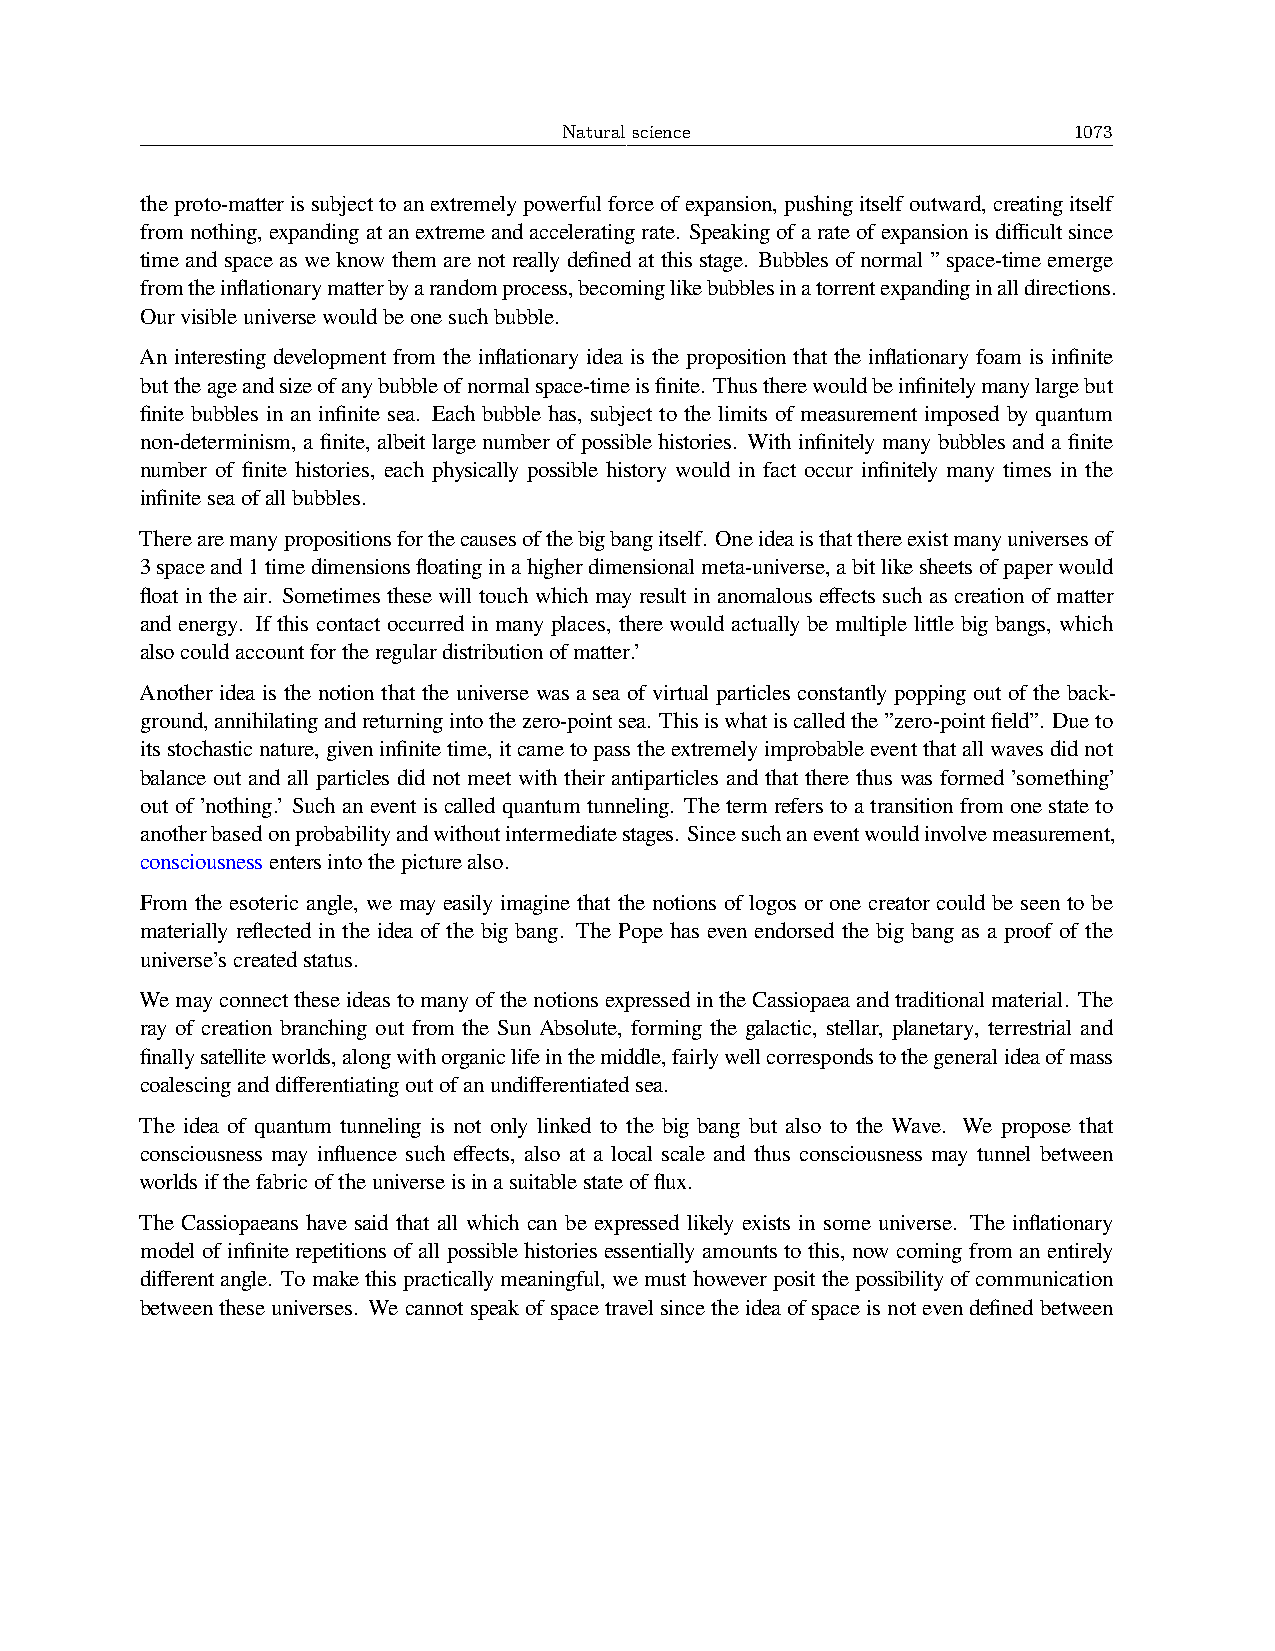
Natural science                   1073
 theproto-matterissubjecttoanextremelypowerfulforceofexpansion,pushingitselfoutward,creatingitself
 fromnothing,expandingatanextremeandacceleratingrate. Speakingofarateofexpansionisdifficultsince
 time and space as we know them are not really defined at this stage. Bubbles of normal ” space-time emerge
 fromtheinflationarymatterbyarandomprocess,becominglikebubblesinatorrentexpandinginalldirections.
 Ourvisibleuniversewouldbeonesuchbubble.
 An interesting development from the inflationary idea is the proposition that the inflationary foam is infinite
 buttheageandsizeofanybubbleofnormalspace-timeisfinite. Thustherewouldbeinfinitelymanylargebut
 finite bubbles in an infinite sea. Each bubble has, subject to the limits of measurement imposed by quantum
 non-determinism, a finite, albeit large number of possible histories. With infinitely many bubbles and a finite
 number of finite histories, each physically possible history would in fact occur infinitely many times in the
 infiniteseaofallbubbles.
 Therearemanypropositionsforthecausesofthebigbangitself. Oneideaisthatthereexistmanyuniversesof
 3spaceand1timedimensionsfloatinginahigherdimensionalmeta-universe,abitlikesheetsofpaperwould
 float in the air. Sometimes these will touch which may result in anomalous effects such as creation of matter
 and energy. If this contact occurred in many places, there would actually be multiple little big bangs, which
 alsocouldaccountfortheregulardistributionofmatter.’
 Another idea is the notion that the universe was a sea of virtual particles constantly popping out of the back-
 ground,annihilatingandreturningintothezero-pointsea. Thisiswhatiscalledthe”zero-pointfield”. Dueto
 itsstochasticnature,giveninfinitetime,itcametopasstheextremelyimprobableeventthatallwavesdidnot
 balance out and all particles did not meet with their antiparticles and that there thus was formed ’something’
 out of ’nothing.’ Such an event is called quantum tunneling. The term refers to a transition from one state to
 anotherbasedonprobabilityandwithoutintermediatestages. Sincesuchaneventwouldinvolvemeasurement,
 consciousnessentersintothepicturealso.
 From the esoteric angle, we may easily imagine that the notions of logos or one creator could be seen to be
 materially reflected in the idea of the big bang. The Pope has even endorsed the big bang as a proof of the
 universe’screatedstatus.
 WemayconnecttheseideastomanyofthenotionsexpressedintheCassiopaeaandtraditionalmaterial. The
 ray of creation branching out from the Sun Absolute, forming the galactic, stellar, planetary, terrestrial and
 finallysatelliteworlds,alongwithorganiclifeinthemiddle,fairlywellcorrespondstothegeneralideaofmass
 coalescinganddifferentiatingoutofanundifferentiatedsea.
 The idea of quantum tunneling is not only linked to the big bang but also to the Wave. We propose that
 consciousness may influence such effects, also at a local scale and thus consciousness may tunnel between
 worldsifthefabricoftheuniverseisinasuitablestateofflux.
 The Cassiopaeans have said that all which can be expressed likely exists in some universe. The inflationary
 model of infinite repetitions of all possible histories essentially amounts to this, now coming from an entirely
 differentangle. Tomakethispracticallymeaningful,wemusthoweverpositthepossibilityofcommunication
 betweentheseuniverses. Wecannotspeakofspacetravelsincetheideaofspaceisnotevendefinedbetween